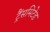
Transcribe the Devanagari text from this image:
ट्रैंसमिटेड